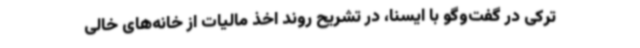
ترکی در گفت‌وگو با ایسنا، در تشریح روند اخذ مالیات از خانه‌های خالی